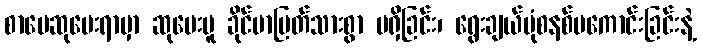
စာပေဆုပေးရာမှာ ဆုပေးမူ ခိုင်မာပြတ်သားစွာ မရှိခြင်း၊ ရွေးချယ်ပုံစနစ်မကောင်းခြင်းနဲ့